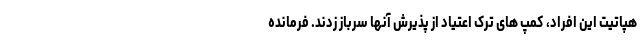
هپاتیت این افراد، کمپ های ترک اعتیاد از پذیرش آنها سرباز زدند. فرمانده